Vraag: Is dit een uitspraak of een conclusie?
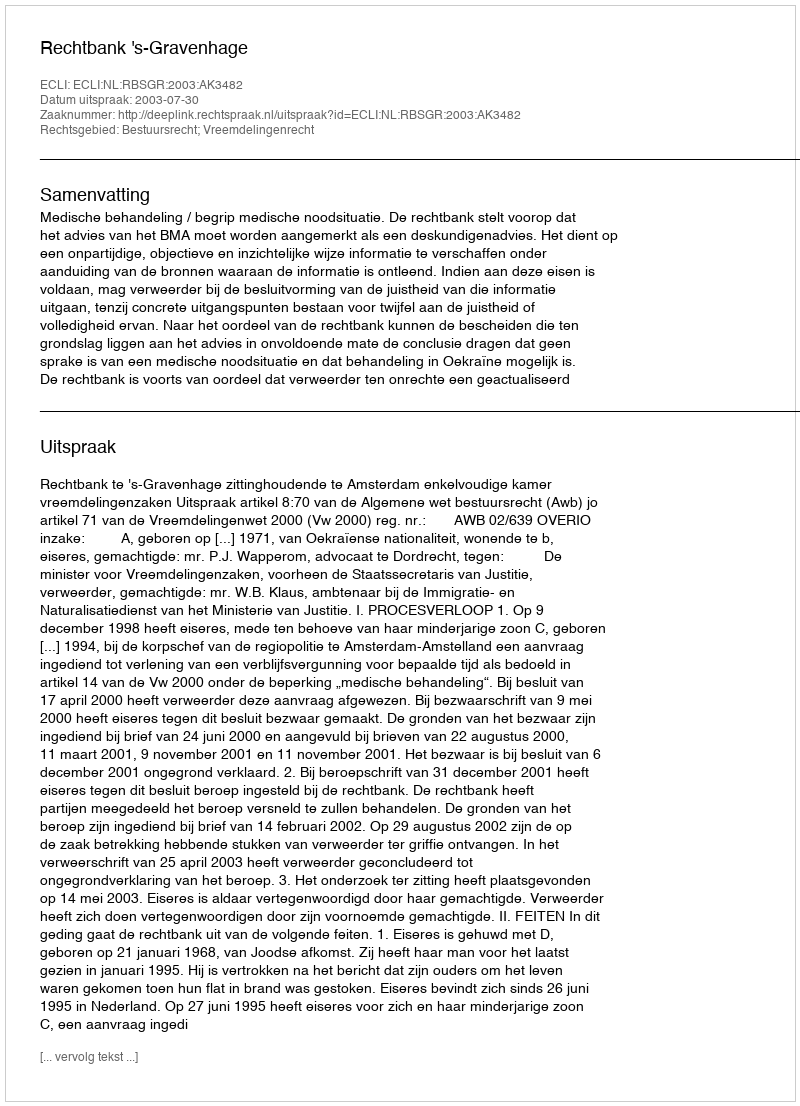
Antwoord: Uitspraak